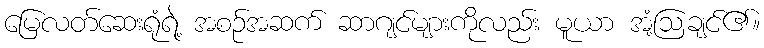
မြေလတ်ဆေးရုံရဲ့ အစဉ်အဆက် ဆာဂျင်များကိုလည်း မူယာ အံ့ဩချင်၏။